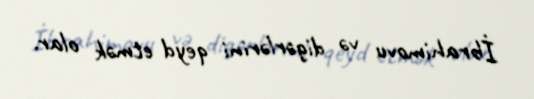
İbrahimovu və digərlərini qeyd etmək olar.